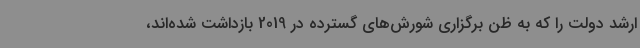
ارشد دولت را که به ظن برگزاری شورش‌های گسترده در 2019 بازداشت شده‌اند،